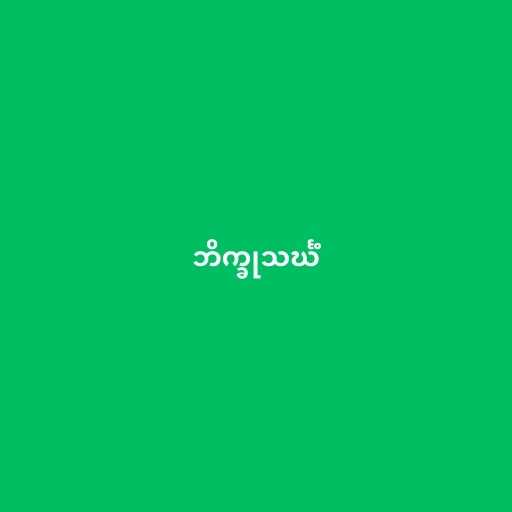
ဘိက္ခုသင်္ဃံ